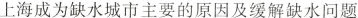
上海成为缺水城市主要的原因及缓解缺水问题